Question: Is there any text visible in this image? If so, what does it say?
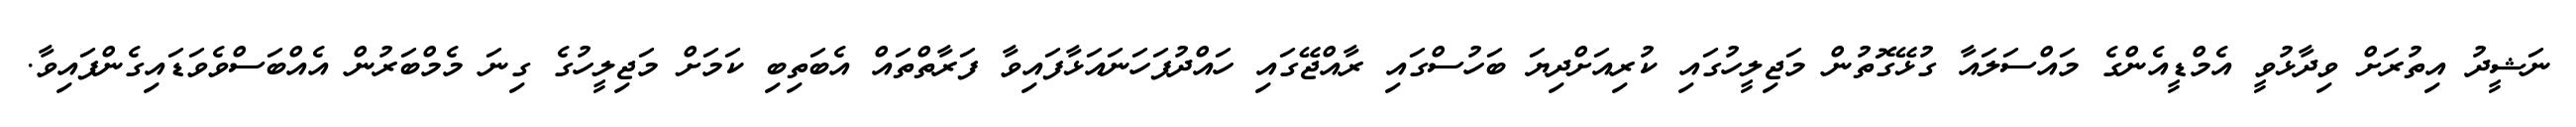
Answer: ނަޝީދު އިތުރަށް ވިދާޅުވީ އެމްޑީއެންގެ މައްސަލައާ ގުޅޭގޮތުން މަޖިލީހުގައި ކުރިއަށްދިޔަ ބަހުސްގައި ރާއްޖޭގައި ހައްދުފަހަނައަޅާފައިވާ ފަރާތްތައް އެބަތިބި ކަމަށް މަޖިލީހުގެ ގިނަ މެމްބަރުން އެއްބަސްވެވަޑައިގެންފައިވާ.